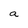
Character: a